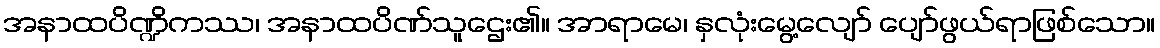
အနာထပိဏ္ဍိကဿ၊ အနာထပိဏ်သူဌေး၏။ အာရာမေ၊ နှလုံးမွေ့လျော် ပျော်ဖွယ်ရာဖြစ်သော။